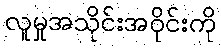
လူမှုအသိုင်းအဝိုင်းကို